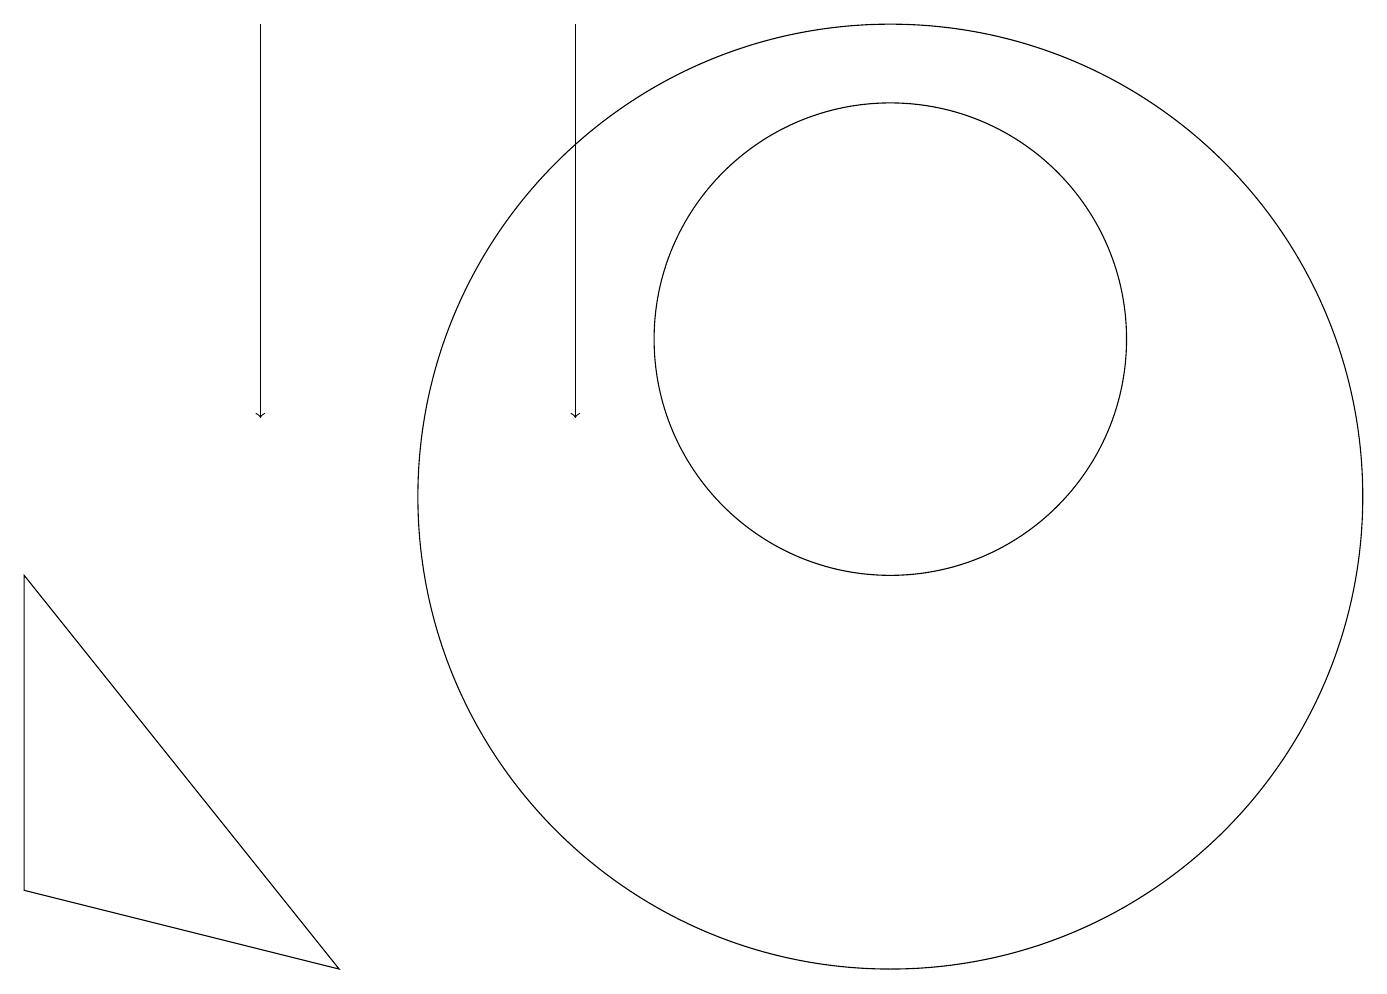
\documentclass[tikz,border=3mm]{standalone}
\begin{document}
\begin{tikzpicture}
\draw (11,10) circle (6);
\draw[->] (7,16) -- (7,11);
\draw (4,4) -- (0,5) -- (0,9) -- cycle;
\draw (11,12) circle (3);
\draw[->] (3,16) -- (3,11);
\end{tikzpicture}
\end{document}